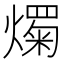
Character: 𤐋